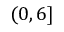
( 0 , 6 ]